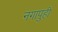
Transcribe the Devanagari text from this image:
नगापुही